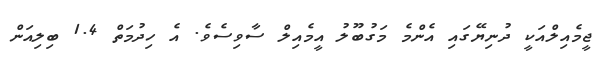
ޖީމެއިލްއަކީ ދުނިޔޭގައި އެންމެ މަގުބޫލު އީމެއިލް ސާވިސެވެ. އެ ހިދުމަތް 1.4 ބިލިއަން